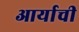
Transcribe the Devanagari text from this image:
आर्याची